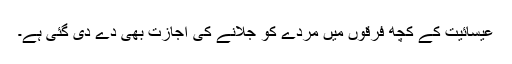
عیسائیت کے کچھ فرقوں میں مردے کو جلانے کی اجازت بھی دے دی گئی ہے۔